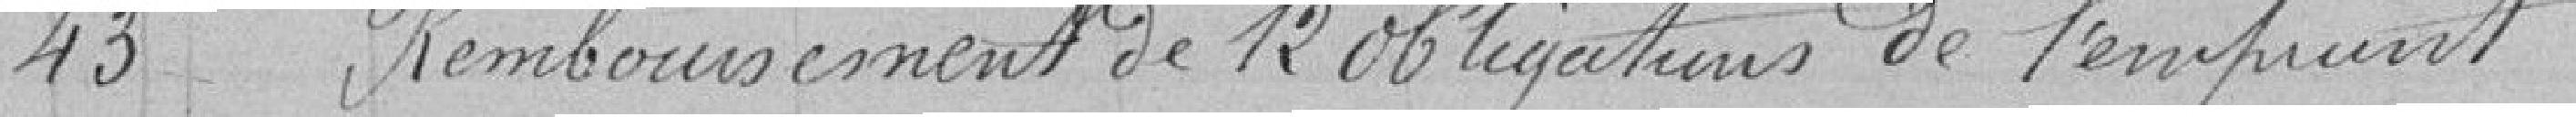
43 Remboursement de 12 obligations de l'emprunt